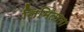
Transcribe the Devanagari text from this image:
लिमिताता